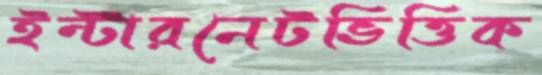
ইন্টারনেটভিত্তিক